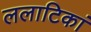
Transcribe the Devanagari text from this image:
ललाटिकां